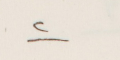
٢